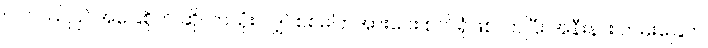
ပင်လယ်ပြင်အခြေစိုက် ဆိုလာသုံး လျှပ်စစ်ဓါတ်အားပေး စက်ရုံဖြစ်လာပြီး အနီးနား ကမ်းခြေက